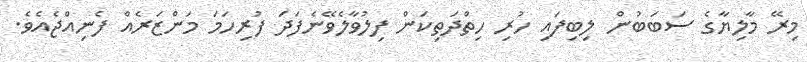
މިރޭ މާލިޔާގެ ސަބަބުން ލިބިފައި ހުރި ހިތްދަތިކަން ފިލުވާލެވޭނެފަދަ ފުރިހަމަ މަންޒަރެއް ފެނިއްޖެއެވެ.